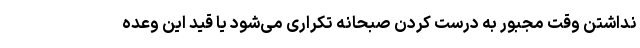
نداشتن وقت مجبور به درست کردن صبحانه تکراری می‌شود یا قید این وعده